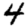
Digit: 4